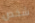
شخص